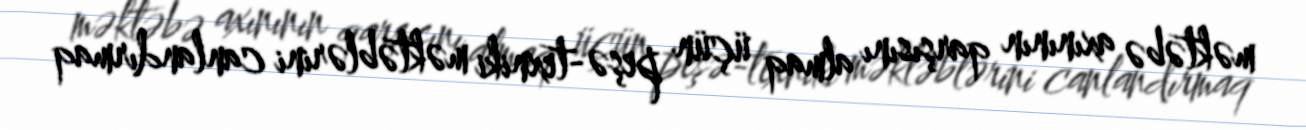
məktəbə axınının qarşısını almaq üçün peşə-texniki məktəblərini canlandırmaq